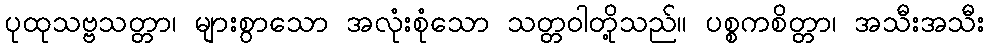
ပုထုသဗ္ဗသတ္တာ၊ များစွာသော အလုံးစုံသော သတ္တဝါတို့သည်။ ပစ္စကစိတ္တာ၊ အသီးအသီး